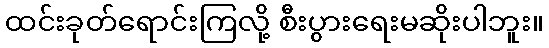
ထင်းခုတ်ရောင်းကြလို့ စီးပွားရေးမဆိုးပါဘူး။